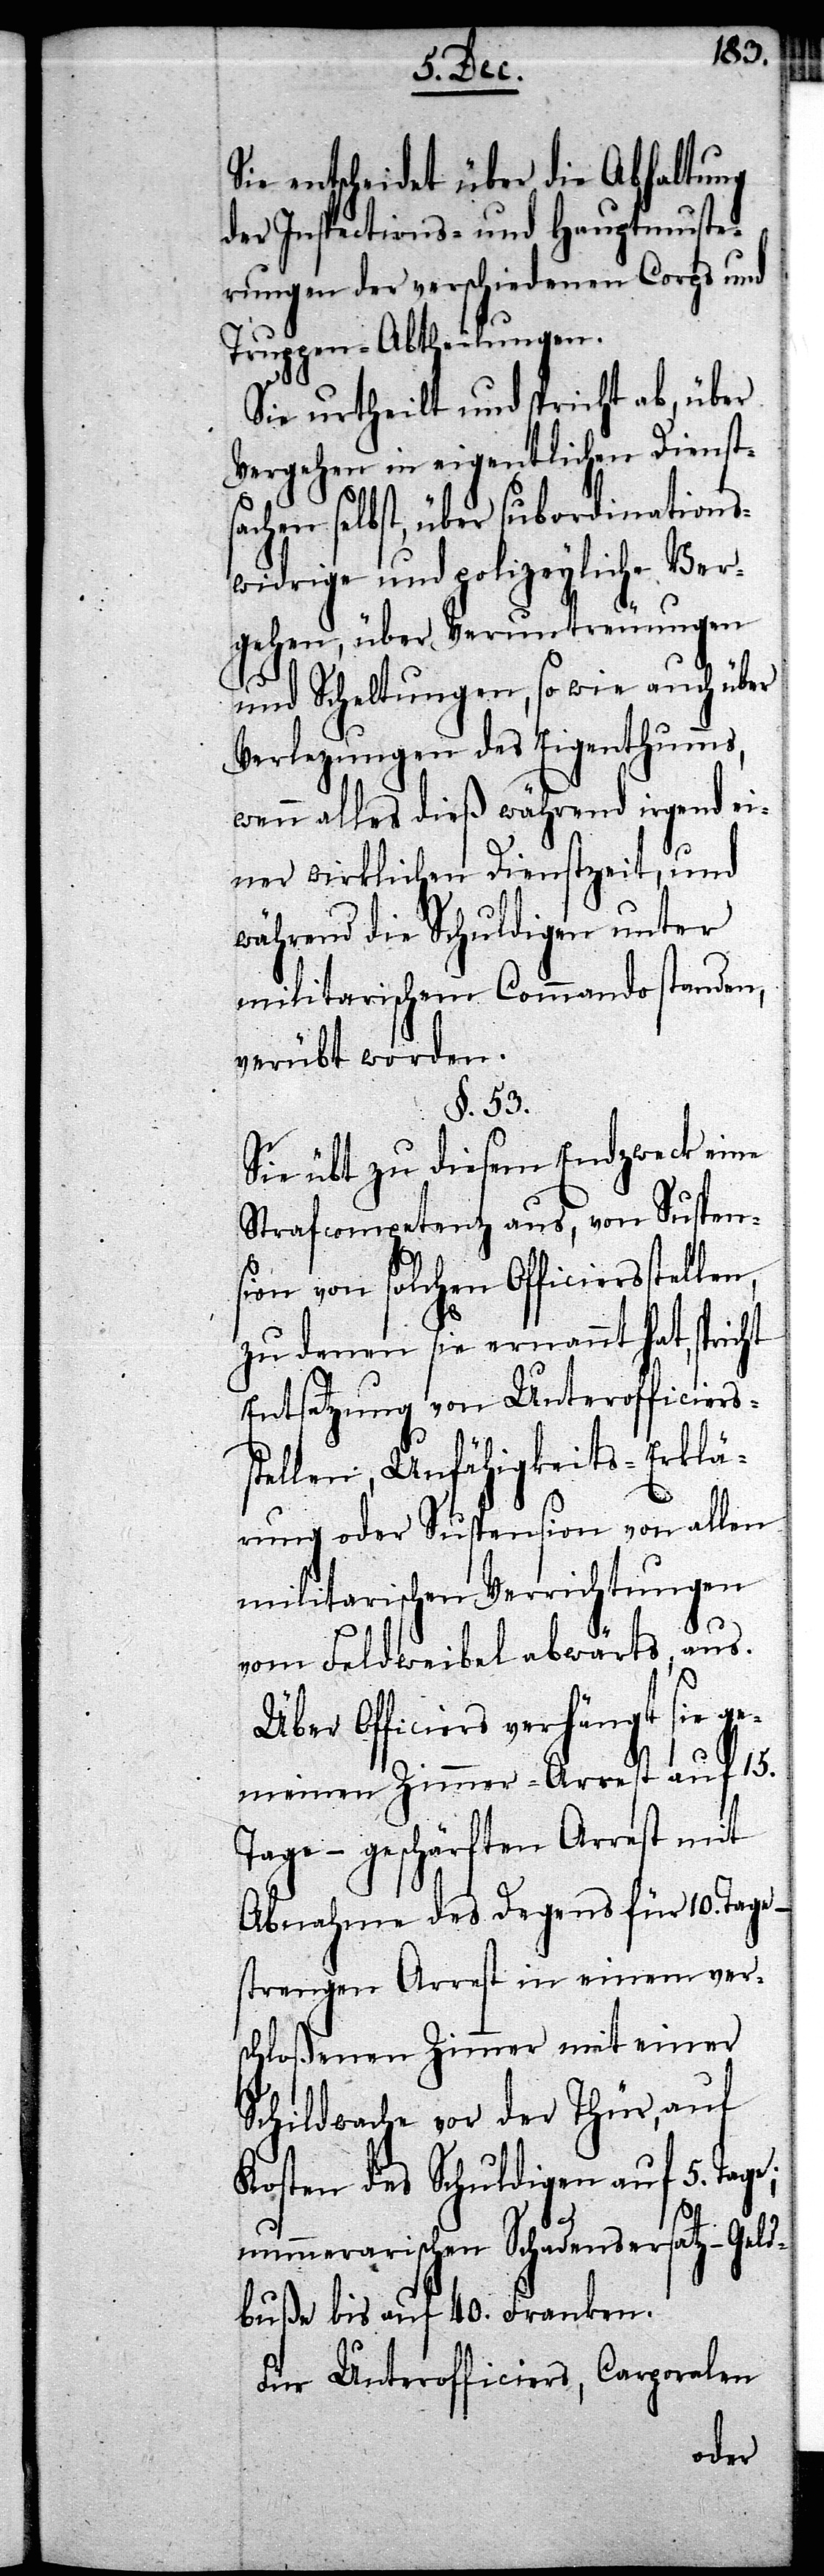
Sie entscheidet über die Abhaltung
des Inspections- und Hauptmuste¬
rungen der verschiedenen Corps und
Truppen-Abtheilungen.
Sie urtheilt und spricht ab, über
Vergehen in eigentlichen Dienst¬
sachen selbst, über subordinations¬
widrige und polizeyliche Ver¬
gehen, über Veruntreuungen
und Scheltungen, so wie auch über
Verlezungen des Eigenthumms,
wenn alles dieß während irgend ei¬
ner wirklichen Dienstzeit, und
während die Schuldigen unter
militarischem Commando standen,
verübt worden.
§. 53.
Sie übt zu diesem Endzweck eine
Strafcompetenz aus, von Suspens¬
ion von solchen Officiersstellen,
zu denen sie ernannt hat, spricht
Entsetzung von Unterofficierss¬
tellen, Unfähigkeits-Erklä¬
rung oder Suspension von allen
militarischen Verrichtungen
vom Feldweibel abwärts, aus.
Über Officiers verhängt sie ge¬
meinen Zimmer-Arrest auf 15.
Tage – geschärften Arrest mit
Abnahme des Degens für 10. Tage –
strengen Arrest in einem ver¬
schloßenen Zimmer mit einer
Schildwache vor der Thür, auf
Kosten des Schuldigen auf 5. Tag¬
e; nummerarischen Schadensersatz – Geld¬
buße bis auf 40. Franken.
Für Unterofficiers, Corporalen